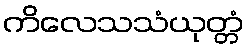
ကိလေသသံယုတ္တံ